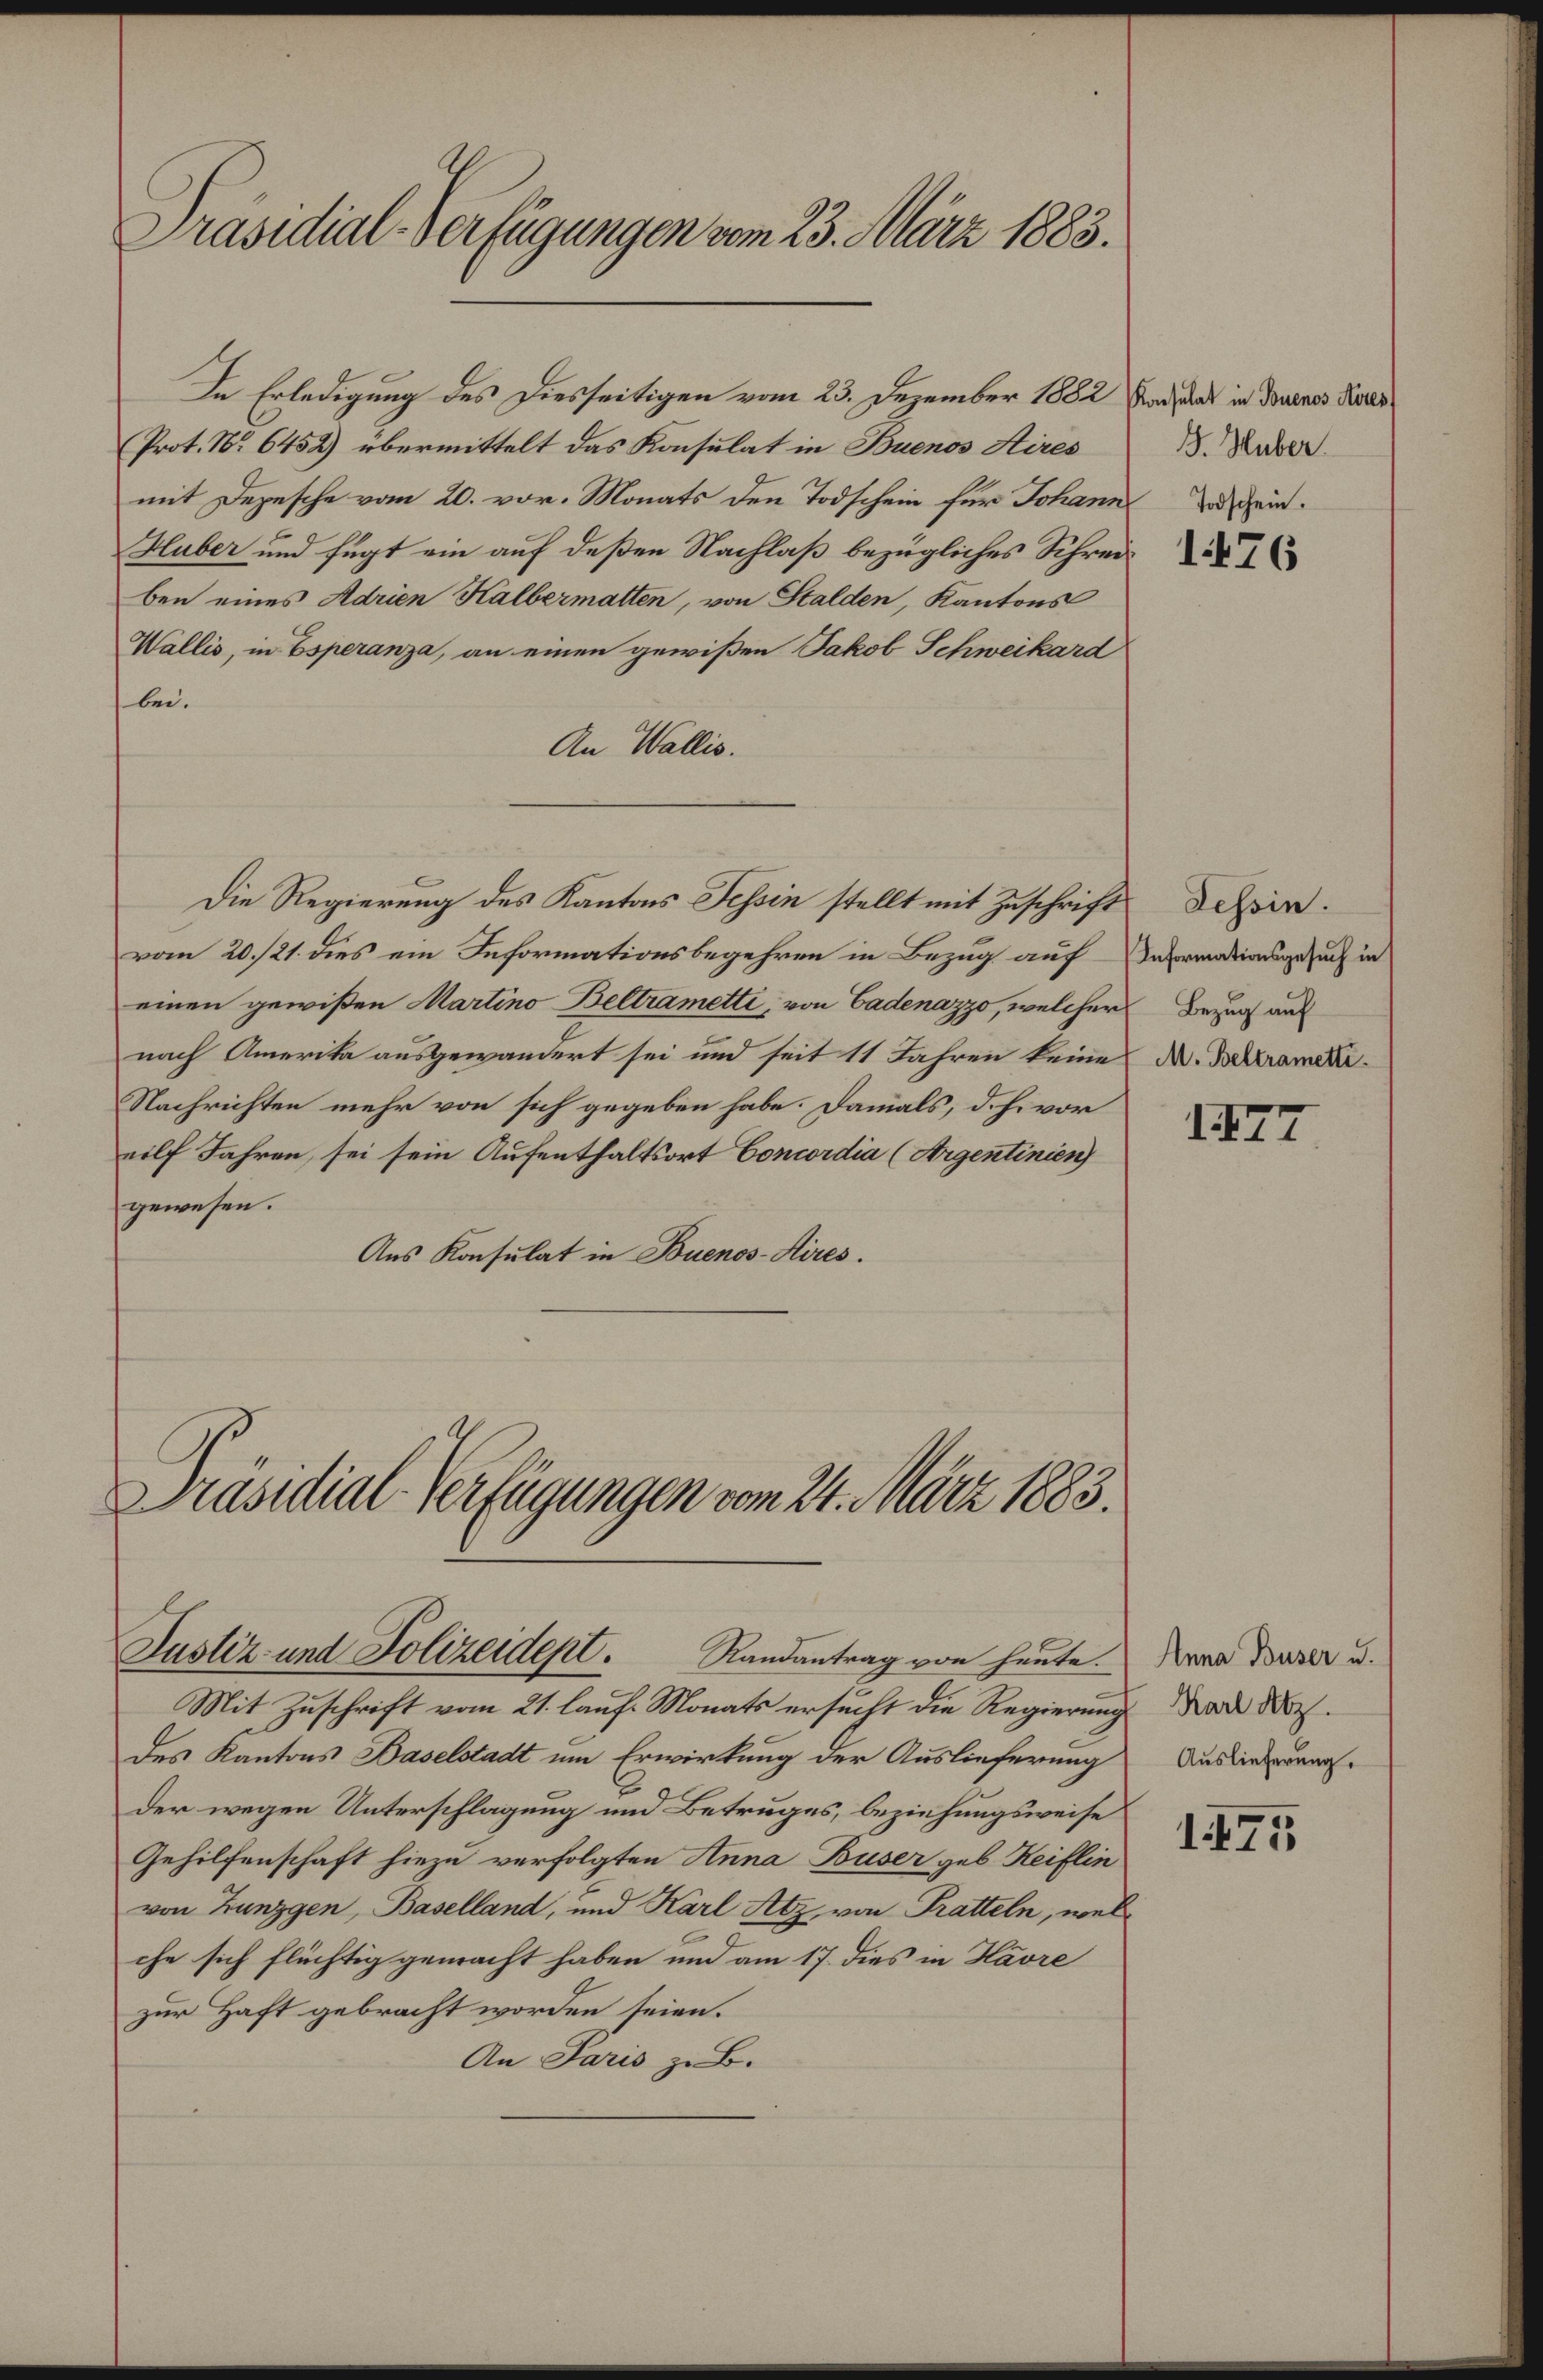
Präsidial-Verfügungen vom 23. März 1883.
Konsulat in Buenos Aires.
J. Huber.
Todschein.
1476
In Erledigung des Diesseitigen vom 23. Dezember 1882
(Prot. No 6452) übermittelt das Konsulat in Buenos Aires
mit Depesche vom 20. vor. Monats den Todschein für Johann
Huber und fügt ein auf deßen Nachlaß bezügliches Schrei¬
ben eines Adrien Kalbermatten, von Stalden, Kantons
Wallis, in Esperanza, an einen gewißen Jakob Schweikard
bei.
An Wallis.
Tessin.
Informationsgesuch in
Bezug auf
M. Beltrametti.
1477
Die Regierung des Kantons Tessin stellt mit Zuschrift
vom 20./21. dies ein Informationsbegehren in Bezug auf
einen gewißen Martino Beltrametti, von Cadenazzo, welcher
nach Amerika ausgewandert sei und seit 11 Jahren keine
Nachrichten mehr von sich gegeben habe. Damals, d. h. vor
eilf Jahren, sei sein Aufenthaltsort Concordia (Argentinien)
gewesen.
Ans Konsulat in Buenos-Aires.
Präsidial-Verfügungen vom 24. März 1883.
Anna Buser u.
Karl Atz.
Auslieferung.
1478
Justiz- und Polizeidept. Randantrag von heute.
Mit Zuschrift vom 21. lauf. Monats ersucht die Regierung
des Kantons Baselstadt um Erwirkung der Auslieferung
der wegen Unterschlagung und Betruges, beziehungsweise
Gehilfenschaft hiezu verfolgten Anna Buser geb Keiflin
von Zunzgen, Baselland, und Karl Atz, von Pratteln, wel¬
che sich flüchtig gemacht haben und am 17. dies in Hâvre
zur Haft gebracht worden seien.
An Paris z. B.